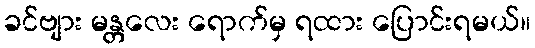
ခင်ဗျား မန္တလေး ရောက်မှ ရထား ပြောင်းရမယ်။